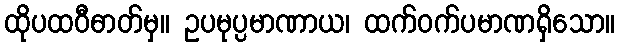
ထိုပထဝီဓာတ်မှ။ ဥပမုပ္ပမာဏာယ၊ ထက်ဝက်ပမာဏရှိသော။